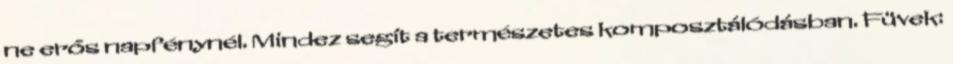
ne erős napfénynél. Mindez segít a természetes komposztálódásban. Füvek: